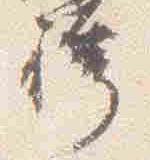
袴